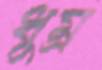
ধুম্র